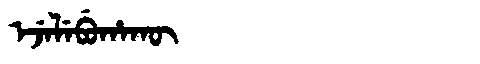
Manchu: ᡝᠵᡝᠯᡝᠪᡠᡥᠠᡴᡡ
Romanization: EJELEBUHAKŪ